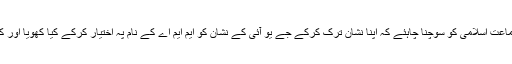
یہاں جماعت اسلامی کو سوچنا چاہئے کہ اپنا نشان ترک کرکے جے یو آئی کے نشان کو ایم ایم اے کے نام پہ اختیار کرکے کیا کھویا اور کیا پایا؟